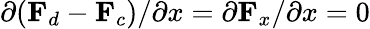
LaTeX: \partial(\mathbf{F}_{d}-\mathbf{F}_{c})/\partial x=\partial\mathbf{F}_{x}/\partial x=0